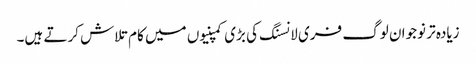
زیادہ تر نوجوان لوگ فری لانسنگ کی بڑی کمپنیوں میں کام تلاش کرتے ہیں۔